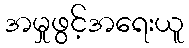
အမှုဖွင့်အရေးယူ